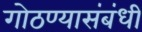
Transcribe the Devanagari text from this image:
गोठण्यासंबंधी